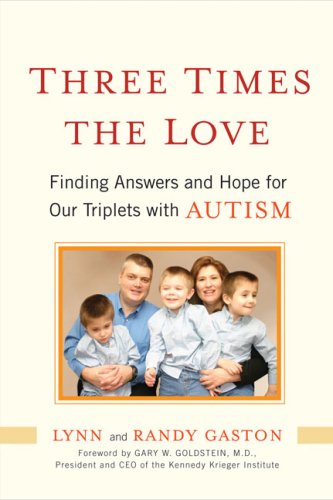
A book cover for Three Times the Love: Finding Answers and Hope for Our Triplets with Autism; Lynn Gaston; Parenting & Relationships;